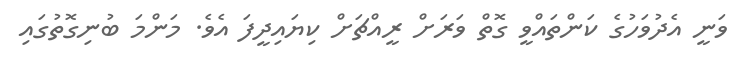
ވަނީ އެދުވަހުގެ ކަންތައްވީ ގޮތް ވަރަށް ރީއްޗަށް ކިޔައިދީފަ އެވެ. މަންމަ ބުނިގޮތުގައި